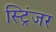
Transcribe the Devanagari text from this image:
स्ट्रिंजर